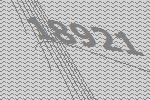
18921